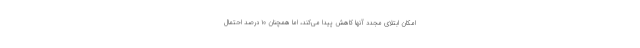
امکان ابتلای مجدد آنها کاهش پیدا می‌کند، اما همچنان ۱۰ درصد احتمال